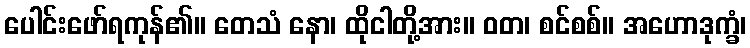
ပေါင်းဖော်ရကုန်၏။ တေသံ နော၊ ထိုငါတို့အား။ ဝတ၊ စင်စစ်။ အဟောဒုက္ခံ၊